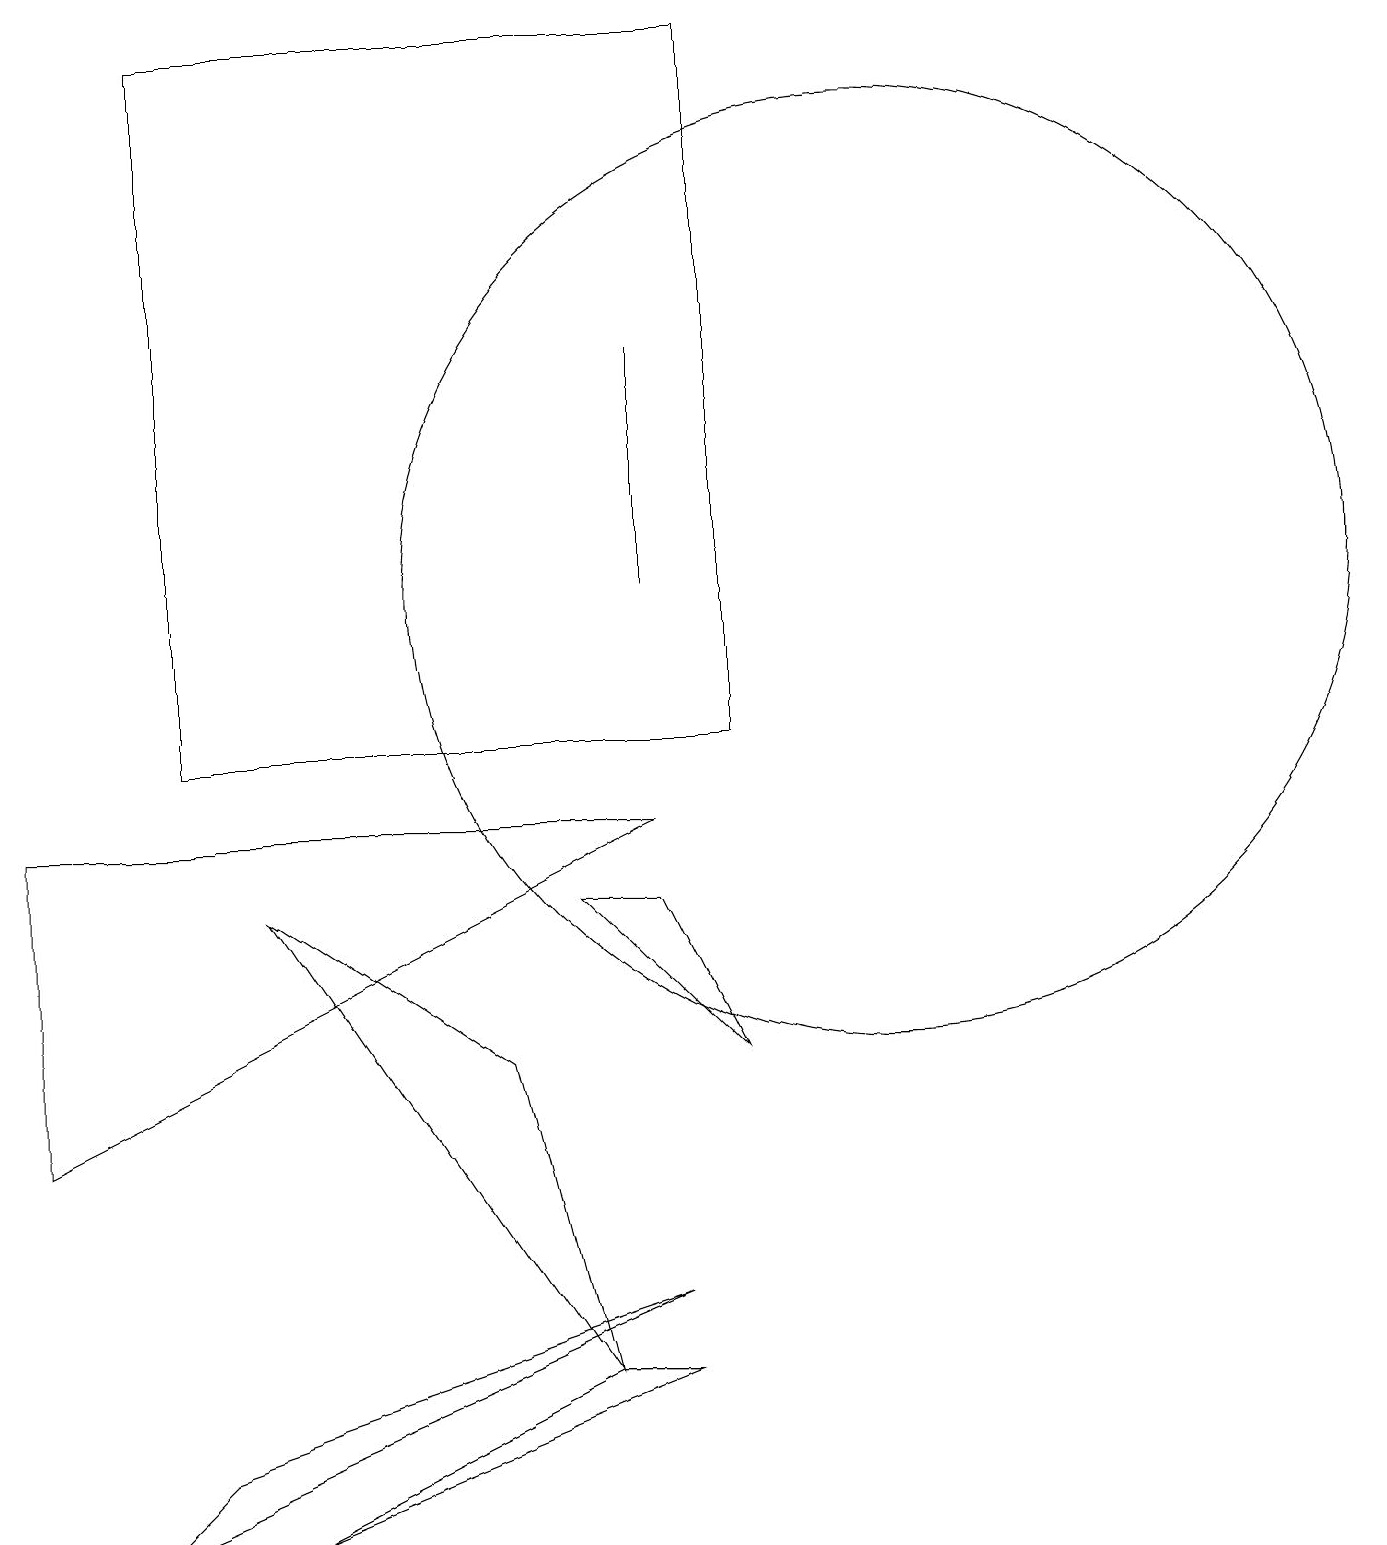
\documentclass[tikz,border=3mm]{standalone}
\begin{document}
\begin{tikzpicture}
\draw (9,6) -- (7,8) -- (8,8) -- cycle;
\draw (11,12) circle (6);
\draw (7,2) -- (3,8) -- (6,6) -- cycle;
\draw (7,2) -- (8,2) -- (3,0) -- cycle;
\draw (9,10) rectangle (2,19);
\draw (2,1) -- (8,3) -- (1,0) -- cycle;
\draw (8,12) rectangle (8,15);
\draw (0,5) -- (0,9) -- (8,9) -- cycle;
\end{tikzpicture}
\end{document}